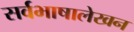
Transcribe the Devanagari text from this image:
सर्वभाषालेखन